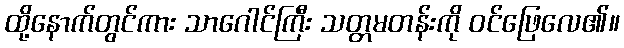
ထို့နောက်တွင်ကား သာဂေါင်ကြီး သတ္တမတန်းကို ဝင်ဖြေလေ၏။